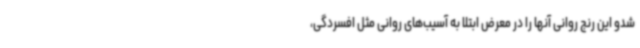
شدو این رنج روانی آنها را در معرض ابتلا به آسیب‌های روانی مثل افسردگی،